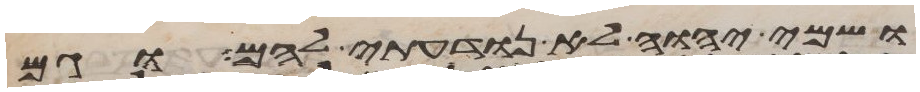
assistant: ושמי יהוה לא נודעתי להם וגם